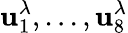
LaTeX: \mathbf{u}_{1}^{\lambda},...,\mathbf{u}_{8}^{\lambda}